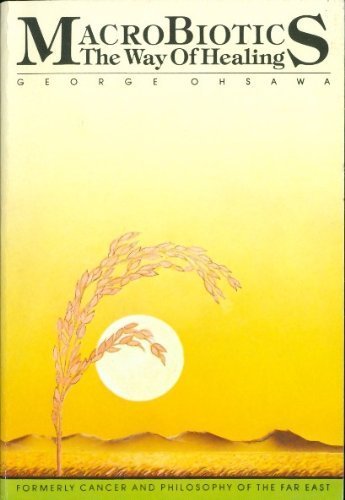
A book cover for Macrobiotics: The Way of Healing; George Ohsawa; Health, Fitness & Dieting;